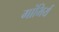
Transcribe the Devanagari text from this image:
गांभिर्य